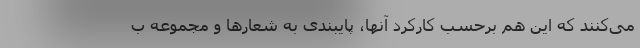
می‌کنند که این هم برحسب کارکرد آنها، پایبندی به شعارها و مجموعه ب